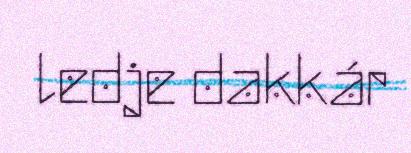
ledje dakkár